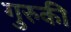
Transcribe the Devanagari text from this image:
गुरुकी